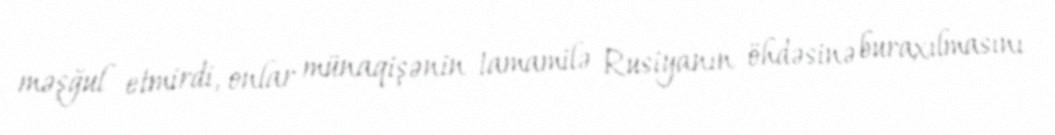
məşğul etmirdi, onlar münaqişənin tamamilə Rusiyanın öhdəsinə buraxılmasını